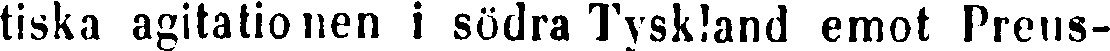
tiska agitationen i södra Tyskland emot Preus-